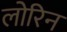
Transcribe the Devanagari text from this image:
लोरिन